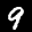
Label: 9